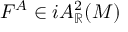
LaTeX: F ^ { A } \in i A _ { \mathbb { R } } ^ { 2 } ( M )